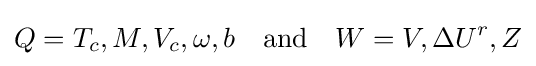
Q=T_{c},M,V_{c},\omega ,b\quad {\text{and}}\quad W=V,\Delta U^{r},Z